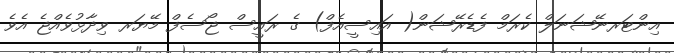
އިންޓަރނޭޝަނަލް ކެރަމް ފެޑެރޭޝަން( އައިސީއެފް) ގެ ރައީސް ޖޯސެފް މޭޔަރ ވިދާޅުވެއްޖެ އެވެ